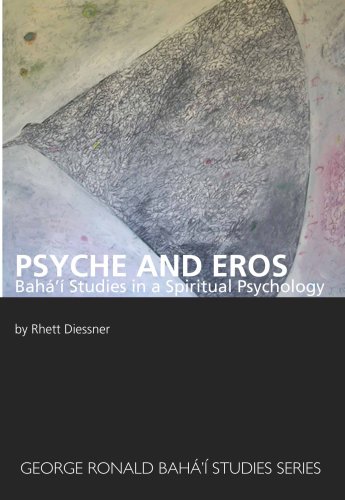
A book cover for Psyche and Eros: Baha'i Studies in a Spiritual Psychology; Rhett Diessner; Religion & Spirituality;